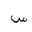
Letter: _sin